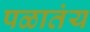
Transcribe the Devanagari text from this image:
पळातंय